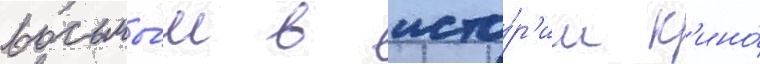
восьмы́м в исто́р'ии к'ино́